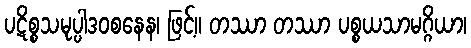
ပဋိစ္စသမုပ္ပါဒဝစနေန၊ ဖြင့်။ တဿာ တဿာ ပစ္စယသာမဂ္ဂိယာ၊